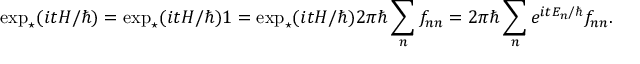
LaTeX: \exp _ { \star } ( i t H / \hbar ) = \exp _ { \star } ( i t H / \hbar ) \* 1 = \exp _ { \star } ( i t H / \hbar ) \* 2 \pi \hbar \sum _ { n } f _ { n n } = 2 \pi \hbar \sum _ { n } e ^ { i t E _ { n } / \hbar } f _ { n n } .